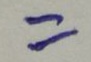
=